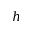
h